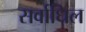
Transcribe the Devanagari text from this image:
सर्वाधिल